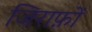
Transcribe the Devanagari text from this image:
जिराफ़ों